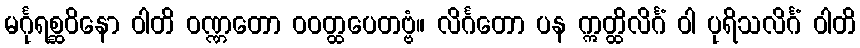
မင်္ဂုရစ္ဆဝိနော ဝါတိ ဝဏ္ဏတော ဝဝတ္ထပေတဗ္ဗံ။ လိင်္ဂတော ပန ဣတ္ထိလိင်္ဂံ ဝါ ပုရိသလိင်္ဂံ ဝါတိ